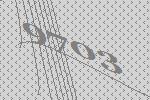
9703